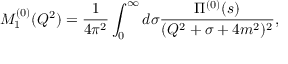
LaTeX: M _ { 1 } ^ { ( 0 ) } ( Q ^ { 2 } ) = \frac { 1 } { 4 \pi ^ { 2 } } \int _ { 0 } ^ { \infty } d \sigma \frac { \Pi ^ { ( 0 ) } ( s ) } { ( Q ^ { 2 } + \sigma + 4 m ^ { 2 } ) ^ { 2 } } ,